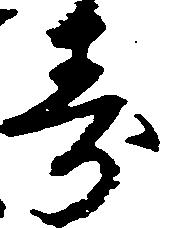
寿